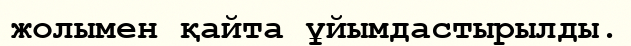
жолымен қайта ұйымдастырылды.